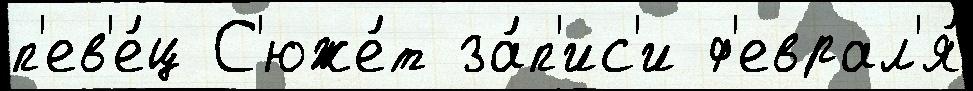
п'ев'е́ц С'юже́т за́п'ис'и ф'еврал'я́